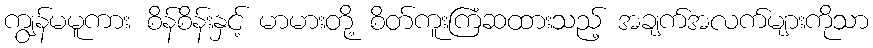
ကျွန်မမူကား စိန်စိန်းနှင့် မာမားတို့ စိတ်ကူးကြံဆထားသည့် အချက်အလက်များကိုသာ